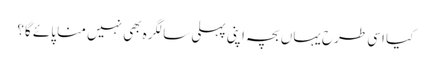
کیا اسی طرح یہاں بچہ اپنی پہلی سالگرہ بھی نہیں منا پائے گا؟